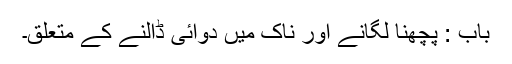
باب : پچھنا لگانے اور ناک میں دوائی ڈالنے کے متعلق۔